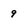
Character: 9